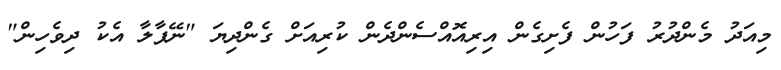
މިއަދު މެންދުރު ފަހުން ފެށިގެން އިރިއޮއްސެންދެން ކުރިއަށް ގެންދިޔަ "ނޭޕާލާ އެކު ދިވެހިން"